Report of the Bombay Plague Committee
Disease focus: Plague
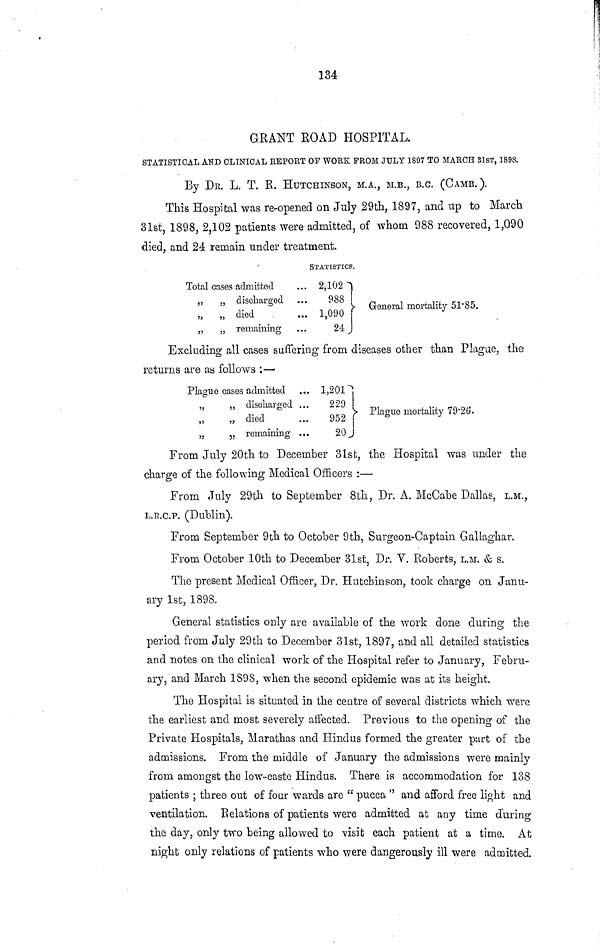
134
GRANT ROAD HOSPITAL.
STATISTICAL AND CLINICAL REPORT OF WORK FROM JULY 1897 TO MARCH 81ST, 1898.
By DE. L. T. R. HUTCHINSON, M.A., M.B., B.C. (CAMB. ).
This Hospital was re-opened on July 29th, 1897, and up to March
31st, 1898, 2,102 patients were admitted, of whom 988 recovered, 1,090
died, and 24 rernain under treatment.
STATISTICS.
Total cases admitted
,,
„ discharged
yt
yy
*•» •***"—•» O
„
„ died
„
„ remaining
... 2,102
988
... 1,090
24 J
General mortality 51.85.
Excluding all cases suffering from diseases other than Plague, the
returns are as follows :—
Plague cases admitted
„
„ discharged
Jj
J7
O
„
„ died
77
77
,.
„ remaining
...
• » •
1,201
229
952
20
Plague mortality 79.20.
From July 20th to December 31st, the Hospital was under the
charge of the following Medical Officers :—
From July 29th to September 8th, Dr. A. McCabe Dallas, L.M.,
L.R.C.P. (Dublin).
From September 9th to October 9th, Surgeon-Captain Gallaghar.
From October 10th to December 31st, Dr. V. Roberts, L.M. & s.
The present Medical Officer, Dr. Hutchinson, took charge on Janu-
ary 1st, 1898.
General statistics only are available of the work done during the
period from July 29th to December 31st, 1897, and all detailed statistics
and notes on the clinical work of the Hospital refer to January, Febru-
ary, and March 1898, when the second epidemic was at its height.
The Hospital is situated in the centre of several districts which were
the earliest and most severely affected. Previous to the opening of the
Private Hospitals, Marathas and Hindus formed the greater part of the
admissions. From the middle of January the admissions were mainly
from amongst the low-caste Hindus. There is accommodation for 138
patients ; three out of four wards are " pucca " and afford free light and
ventilation. B elation s of patients were admitted at any time during
the day, only two being allowed to visit each patient at a time. At
night only relations of patients who were dangerously ill were admitted.